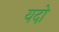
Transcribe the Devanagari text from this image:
यदो